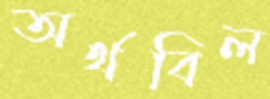
অর্থবিল